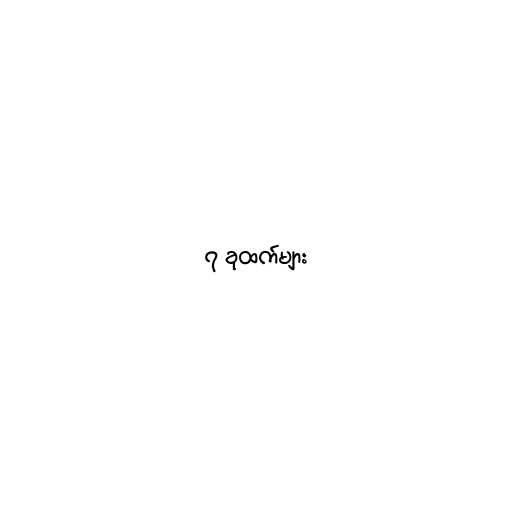
၇ ခုထက်များ